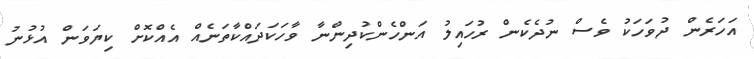
އަހަރެން ދުވަހަކު ވެސް ނުދެކެން ރުހައިލު އަންހެންކުދިންނާ ވާހަކަދައްކާތަނެއް އެއްކޮށް ކިޔަވަން އުޅުނު